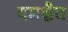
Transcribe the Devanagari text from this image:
यमश्चैव